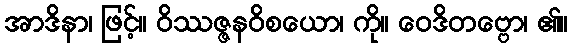
အာဒိနာ၊ ဖြင့်။ ဝိဿဇ္ဇနဝိစယော၊ ကို။ ဝေဒိတဗ္ဗော၊ ၏။